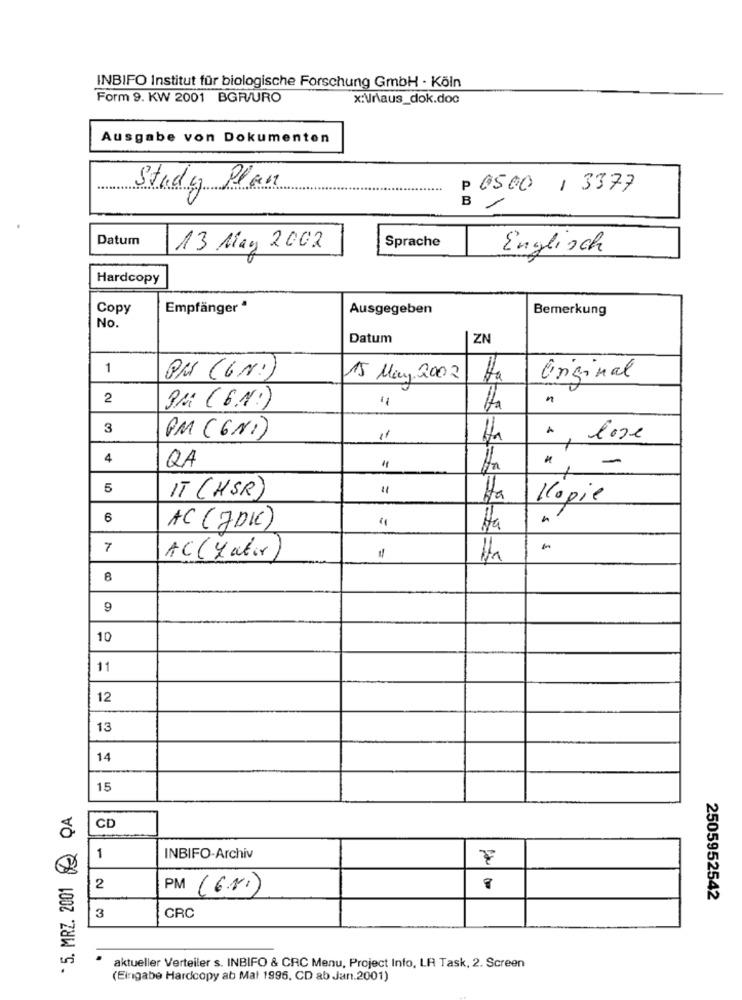
INBIFO Institut für biologische Forschung GmbH · Köln
Form 9. KW 2001 BGRV/URO
x:\r\aus_dok.doc
Ausgabe von Dokumenten
Study Plan
P 0500/ 3377
B /
Datum
13 May 2002
Sprache
Englisch
Hardcopy
Copy
Empfänger *
Ausgegeben
Bemerkung
No
Datum
ZN
1
PM (GN:)
15 May 2002
Original
2
n
PM (G.N.)
3
PM (GND)
11
" lose
4
QA
-
5
IT (HSR)
Ha
Kopie
6
4
AC (7DIC)
Ha
7
AC(Later
=
8
9
10
11
12
13
14
15
5. MRZ. 2001 QA
CD
1
INBIFO-Archiv
2
PM (6.N.)
2505952542
CRC
3
aktueller Verteiler s. INBIFO & CRC Menu, Project Info, LA Task, 2. Screen
(Eingabe Hardcopy ab Mal 1995. CD ab Jan.2001)